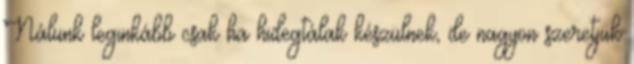
Nálunk leginkább csak ha hidegtálak készülnek, de nagyon szeretjük